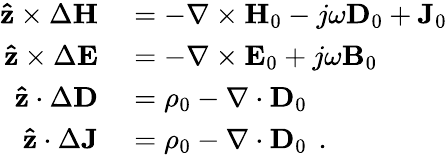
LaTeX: \begin{array}{rl}{\mathbf{\hat{z}}\times\Delta\mathbf{H}}&{{}=-\nabla\times\mathbf{H}_{0}-j\omega\mathbf{D}_{0}+\mathbf{J}_{0}}\\ {\mathbf{\hat{z}}\times\Delta\mathbf{E}}&{{}=-\nabla\times\mathbf{E}_{0}+j\omega\mathbf{B}_{0}}\\ {\mathbf{\hat{z}}\cdot\Delta\mathbf{D}}&{{}=\rho_{0}-\nabla\cdot\mathbf{D}_{0}}\\ {\mathbf{\hat{z}}\cdot\Delta\mathbf{J}}&{{}=\rho_{0}-\nabla\cdot\mathbf{D}_{0}\ \, .}\end{array}